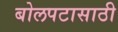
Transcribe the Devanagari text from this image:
बोलपटासाठी